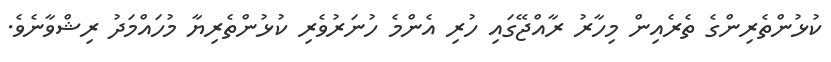
ކުޅުންތެރިންގެ ތެރެއިން މިހާރު ރާއްޖޭގައި ހުރި އެންމެ ހުނަރުވެރި ކުޅުންތެރިޔާ މުހައްމަދު ރިޝްވާނެވެ.